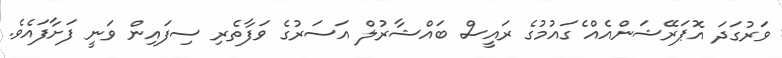
ވަރުގަދަ އޮޕަރޭޝަންއެއް ެގައުމުގެ ރައީސް ބައްޝާރުލް އަސަރުގެ ވަފާތެރި ސިފައިން ވަނީ ފަށާފައެވެ.